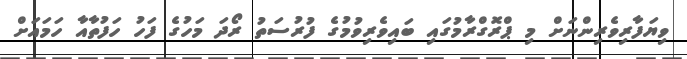
ވިޔަފާރިވެރިންނަށް މި ޕްރޮގްރާމުގައި ބައިވެރިވުމުގެ ފުރުސަތު ރޯދަ މަހުގެ ފަހު ހަފުތާއާ ހަމައަށް